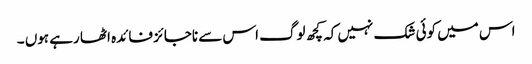
اس میں کوئی شک نہیں کہ کچھ لوگ اس سے ناجائز فائدہ اٹھا رہے ہوں ۔